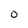
Character: 0